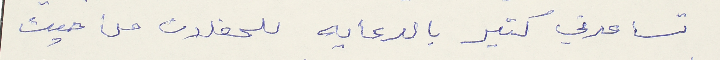
تساعدني كثير بالدعايه للحفلات من حيث